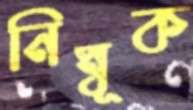
নিম্বূক